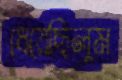
ধেয়েছিলুম